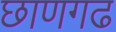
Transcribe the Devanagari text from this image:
छाणगढ